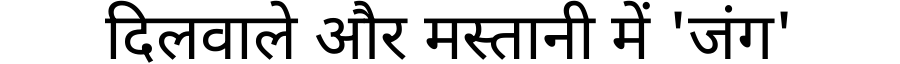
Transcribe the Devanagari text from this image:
दिलवाले और मस्तानी में 'जंग'